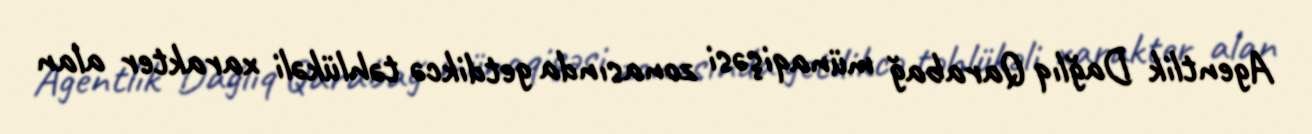
Agentlik Dağlıq Qarabağ münaqişəsi zonasında getdikcə təhlükəli xarakter alan